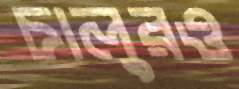
চালুরও